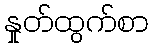
နှုတ်ထွက်စာ